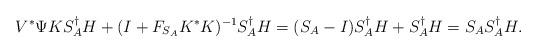
LaTeX: \begin{align*}V^{\ast}\Psi KS_{A}^{\dagger}H+(I+F_{S_{A}}K^{\ast}K)^{-1}S_{A}^{\dagger}H=(S_{A}-I)S_{A}^{\dagger}H+S_{A}^{\dagger}H=S_{A}S_{A}^{\dagger}H.\end{align*}